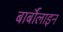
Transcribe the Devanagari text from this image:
बार्बॉलाइन